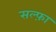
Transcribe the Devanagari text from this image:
सल्फ़ा